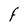
Character: F